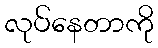
လုပ်နေတာကို